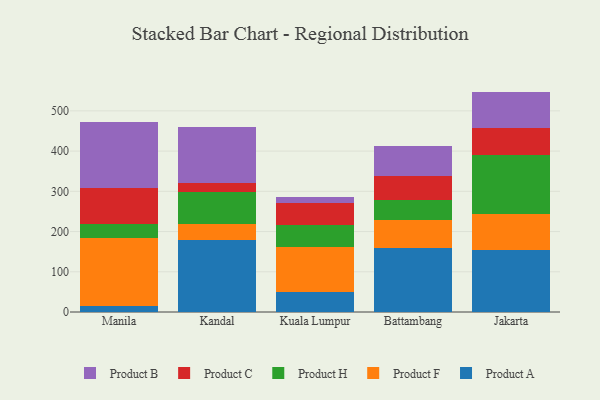
{"axis": {"x": "City", "y": "Gross Profit (USD K)"}, "legend": ["Product A", "Product B", "Product C", "Product F", "Product H"], "data": [{"x": "Manila", "y": 13.7, "type": "Product A"}, {"x": "Manila", "y": 170.6, "type": "Product F"}, {"x": "Manila", "y": 34.0, "type": "Product H"}, {"x": "Manila", "y": 90.5, "type": "Product C"}, {"x": "Manila", "y": 162.9, "type": "Product B"}, {"x": "Kandal", "y": 178.4, "type": "Product A"}, {"x": "Kandal", "y": 41.0, "type": "Product F"}, {"x": "Kandal", "y": 77.8, "type": "Product H"}, {"x": "Kandal", "y": 23.0, "type": "Product C"}, {"x": "Kandal", "y": 140.3, "type": "Product B"}, {"x": "Kuala Lumpur", "y": 49.6, "type": "Product A"}, {"x": "Kuala Lumpur", "y": 111.0, "type": "Product F"}, {"x": "Kuala Lumpur", "y": 54.5, "type": "Product H"}, {"x": "Kuala Lumpur", "y": 55.2, "type": "Product C"}, {"x": "Kuala Lumpur", "y": 15.1, "type": "Product B"}, {"x": "Battambang", "y": 158.8, "type": "Product A"}, {"x": "Battambang", "y": 70.2, "type": "Product F"}, {"x": "Battambang", "y": 48.3, "type": "Product H"}, {"x": "Battambang", "y": 60.7, "type": "Product C"}, {"x": "Battambang", "y": 73.8, "type": "Product B"}, {"x": "Jakarta", "y": 154.2, "type": "Product A"}, {"x": "Jakarta", "y": 90.0, "type": "Product F"}, {"x": "Jakarta", "y": 147.3, "type": "Product H"}, {"x": "Jakarta", "y": 66.3, "type": "Product C"}, {"x": "Jakarta", "y": 90.1, "type": "Product B"}]}